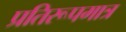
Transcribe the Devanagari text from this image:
प्रतिरूपमात्र